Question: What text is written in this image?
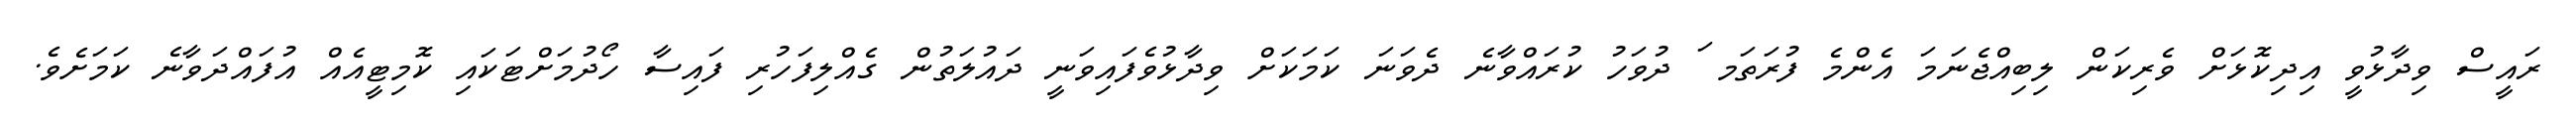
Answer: ރައީސް ވިދާޅުވީ އިދިކޮޅަށް ވެރިކަން ލިބިއްޖެނަމަ އެންމެ ފުރަތަމ ަ ދުވަހު ކުރައްވާނެ ދެވަނަ ކަމަކަށް ވިދާޅުވެފައިވަނީ ދައުލަތުން ގެއްލިފަހުރި ފައިސާ ހޯދުމަށްޓަކައި ކޮމިޓީއެއް އުފައްދަވާނެ ކަމަށެވެ.